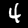
Digit: 4